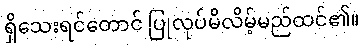
ရှိသေးရင်တောင် ပြုလုပ်မိလိမ့်မည်ထင်၏။